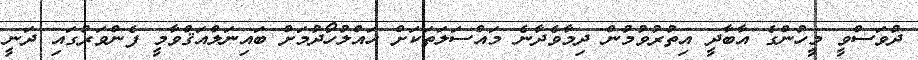
ދުވަސްވީ މީހުންގެ އާބާދީ އިތުރުވުމުން ދިމާވެދާނެ މައްސަލަތަކަށް ހައްލުހޯދުމަށް ބައިނަލްއަޤްވާމީ ފެންވަރުގައި ދަނީ